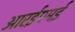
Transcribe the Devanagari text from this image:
आरईएमई